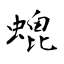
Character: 螕